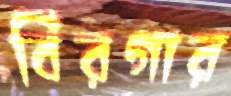
বিরগার